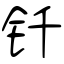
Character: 钎